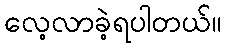
လေ့လာခဲ့ရပါတယ်။